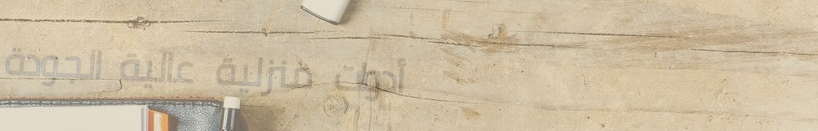
أدوات منزلية عالية الجودة